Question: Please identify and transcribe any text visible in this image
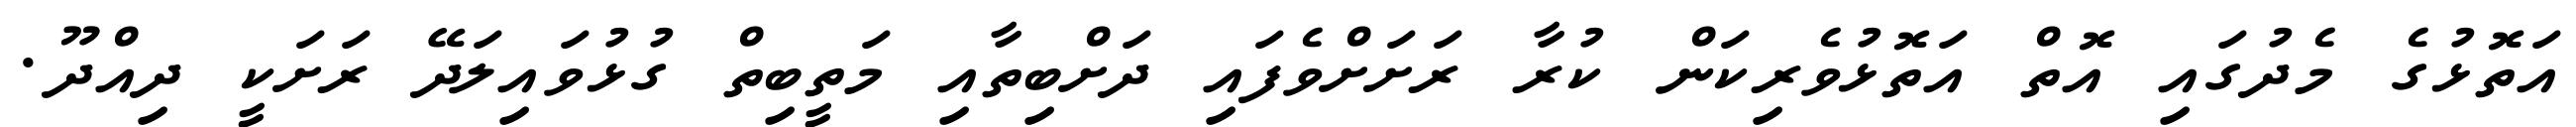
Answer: އަތޮޅުގެ މެދުގައި އޮތް އަތޮޅުވެރިކަން ކުރާ ރަށަށްވެފައި ދަށްބިތާއި މަތީބިތް ގުޅުވައިލަދޭ ރަށަކީ ދިއްދޫ.